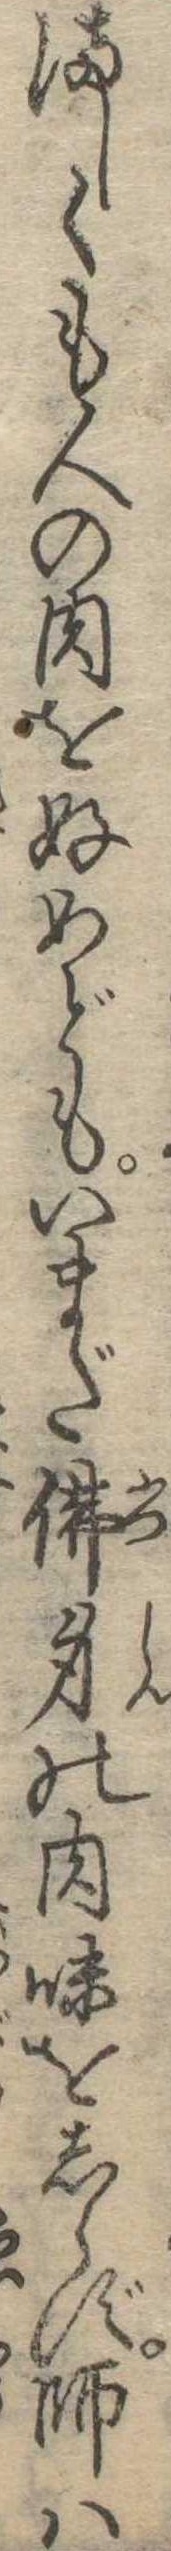
ましくも人の肉を好めどもいまだ仏身の肉味をしらず師は